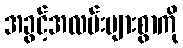
အခွင့်အလမ်းများစွာကို